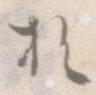
お